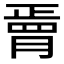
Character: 𦟆